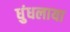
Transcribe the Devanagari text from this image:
धुंधलाया